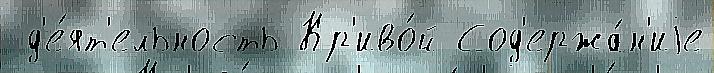
 д'е́ят'ельность Кр'иво́й Сод'ержа́н'иjе